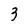
Character: 3